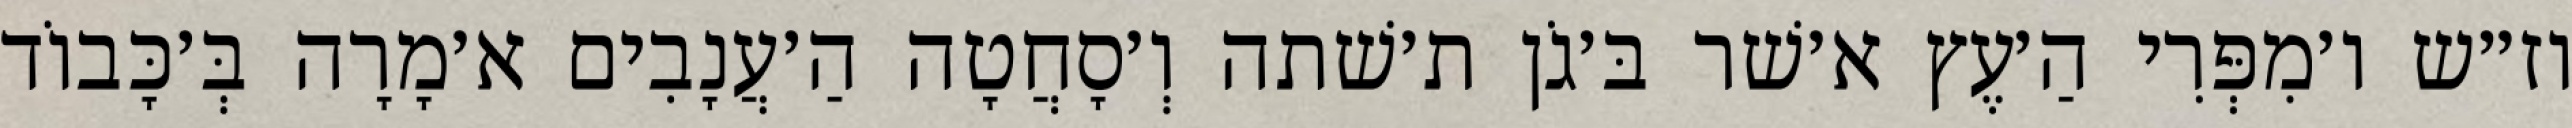
וז״ש ו׳מִפְּרִי הַ׳עֶץ א׳שׁר בּ׳גֹן ת׳שׁתה וְ׳סָחֲטָה הַ׳עֲנָבִים א׳מָרָה בְּ׳כָּבוֹד